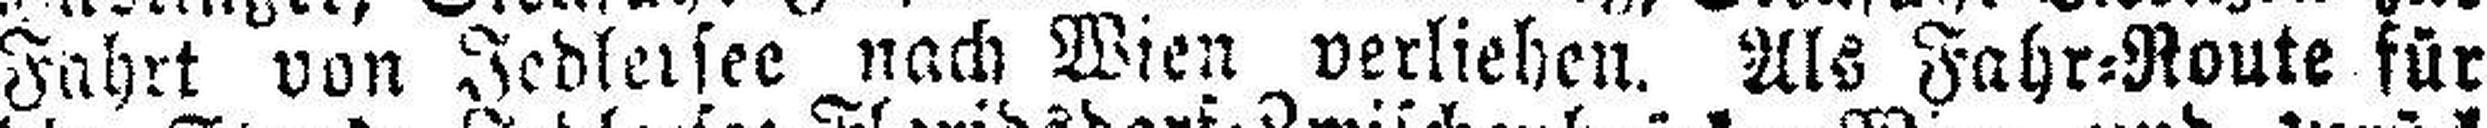
Fahrt von Jedlersee nach Wien verliehen. Als Fahr=Route für